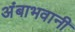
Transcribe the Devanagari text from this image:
अंबाभवानी